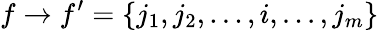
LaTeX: f\to f^{\prime}=\{ j_{1},j_{2},...,i,...,j_{m}\}